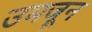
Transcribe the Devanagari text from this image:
उमजून